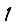
Digit: 1